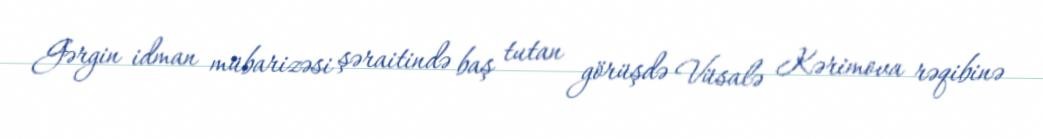
Gərgin idman mübarizəsi şəraitində baş tutan görüşdə Vüsalə Kərimova rəqibinə